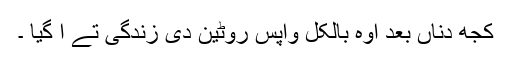
کجھ دناں بعد اوہ بالکل واپس روٹین دی زندگی تے آ گیا ۔